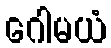
ဂေါမယံ